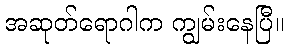
အဆုတ်ရောဂါက ကျွမ်းနေပြီ။